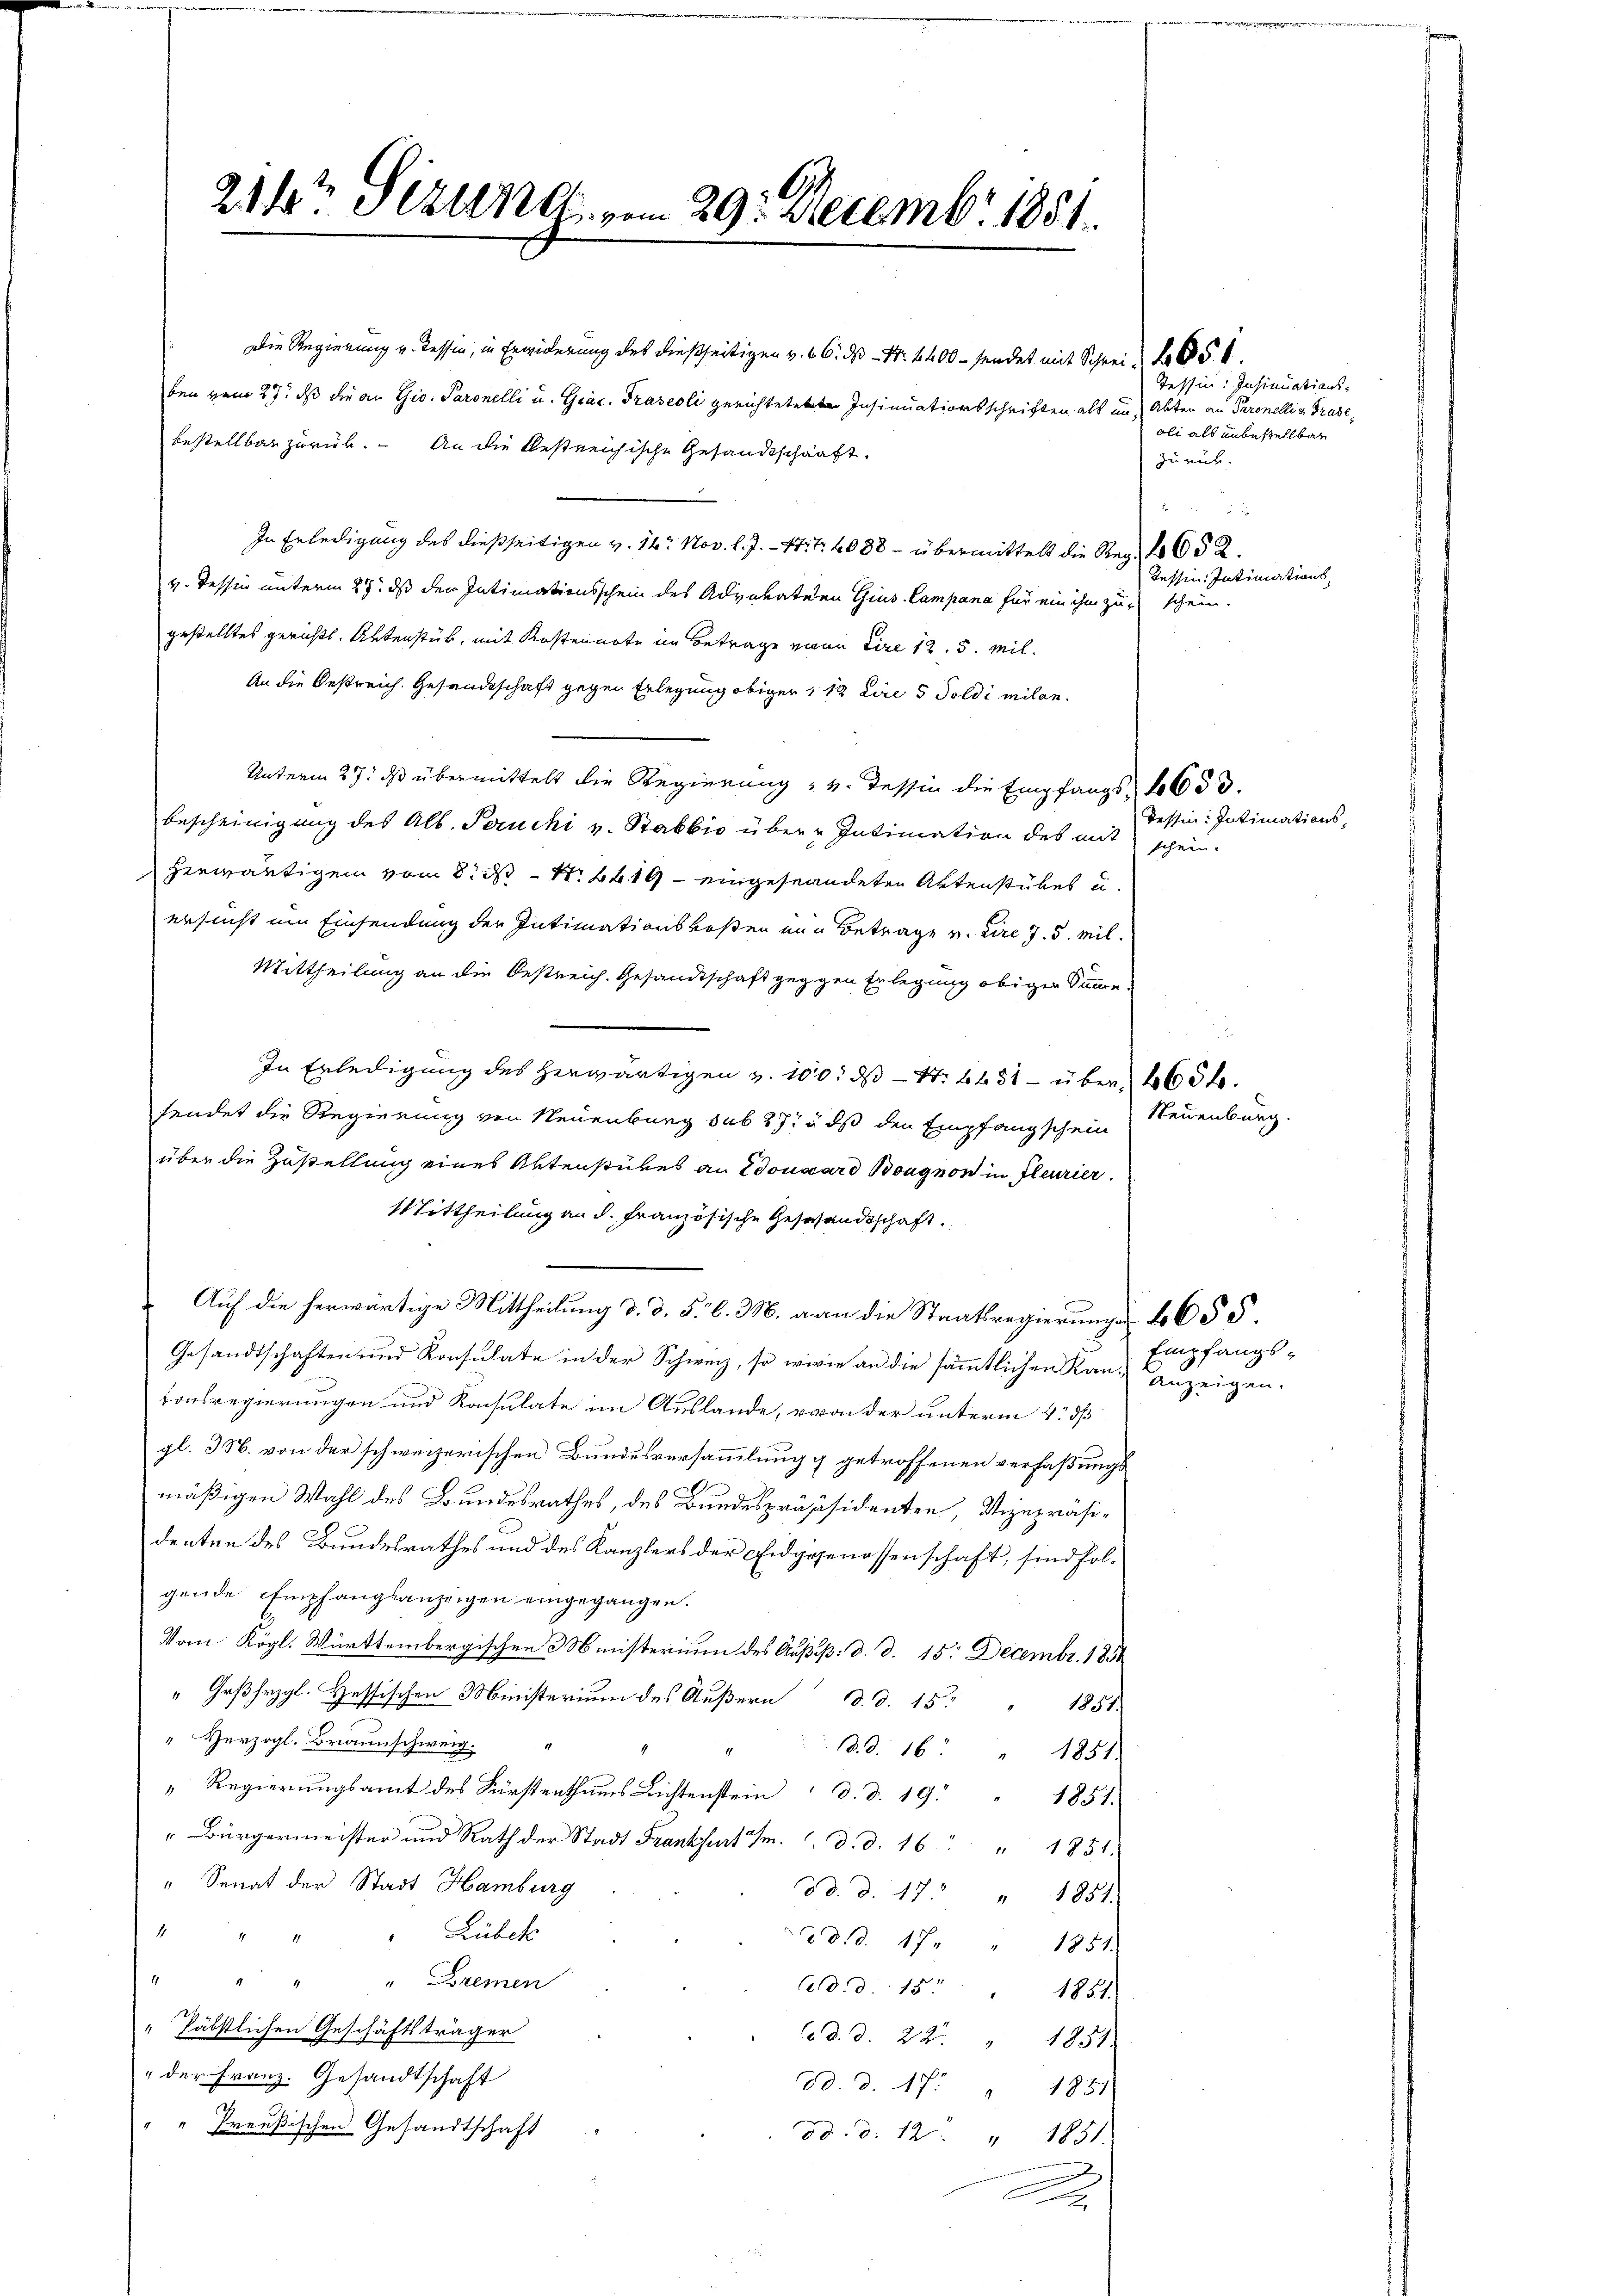
214t Sizundt, vom 29. Decembr 1881.

Die Regierung v. Tessin, in Erwiderung des dießseitigen v. 6. ds N. 4400 - sendet mit Schrei- 251.
fen vom 27. daß die an Gio. Paronelli u. Giac. Praseoli gerichtete Insinuationsschriften als im Abten an Paronelli v. Grade,
bestellbar zurück. An die bestreichische Gesandtschaft
In Erledigung des dießseitigen v. 16. Nov. l. J. - Art. 4088 - übermittelt die Reg. No 652.
v. Tessin unterm 27. ds den Intimationsschein des Advokaten Gius. Campana für ein ihm zu schein.
gestelltes gerichtl. Aktenstück, mit Kostennote im Betrage von dire 12. 5. Mil¬
An die Oestreich. Gesandtschaft gegen Erlegung obiger 112 Lire 5 Soldi milen.
Unterm 27. ds übermittelt die Regierung v. Tessin die Empfangs 1653.
bescheinigung des Alb. Peruchi v. Stabbio über Intimation des mit
herwärtigen vom 8. ds N. 419 eingestandeten Aktenstückes u.
ersucht um Einsendung der Intimationskosten von Betrage v. dre 7. 5. Mil¬
Mittheilung an die Oestreich. Gesandtschaft gegen Erlegung obigen Summe.
In Erledigung des herwärtigen v. 100. ds N. 4431 - über 265 f.
sendet die Regierung von Neuenburg sub 27. 5 dß den Empfangschein
über die Zustellung eines Aktenstückes an Edouard Bougnon in fleurier.
Mittheilung an d. Französische Gesandtschaft
2. Auf die herwärtige Mittheilung d. d. 5. 6. M. an die Staatsregierungen 1655.
Gesandtschaften und Konsulate in der Schweiz, so wirie an die sämmtlichen Rang anzeigen.
tonsregierungen und Konsulate im Auslande, von der unterm 4. dß
gl. M. von der schweizerischen Bundesversammlung g getroffenen verfaßungsmäßigen Wahl des Bundesrathes, des Bundespräsäsidenten, Vizepräsidenten des Bundesrathes und des Kanzlers der Eidgenossenschaft, sind folgende Empfangsanzeigen eingegangen.
Vom Kögl. Württembergischen 3 Ministerium des Außp: d. d. 15. Decembr. 1884
"Grßhezgl. Hessischen Ministerium des Äußern d. d. 15.
1859.
“ Herzogl. Braunschweig
11
 B. d. 16. " 1851.
" Regierungsamt des Fürstenthums Lichtenstein d. d. 19. " 1851.
" Bürgermeister und Rath der Stadt Frankfurt m. d. d. 16 " 1851.
" Senat der Stadt Hamburg
d. d. 17. " 1851.
1
Lubek
1
d d. d. 17 " " 1851.
". Bremen
Cd.d. 15. " 1851.
" Päbstlichen Geschäftsträger
C d. d. 22. " 1851.
" der Franz. Gesandtschaft
Ad. d. 17. " 1851
Preußischen Gesandtschaft
dd. d. 12. " 1851.
x

Tessin: Insinuationsoli als unbestellbar
zurück.

Tessin: Intimations-

Tessin: Intimationsschein.

Neuenburg.

Empfangs¬